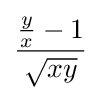
{\frac {{\frac {y}{x}}-1}{\sqrt {xy}}}